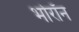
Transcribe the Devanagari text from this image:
भोरॉन